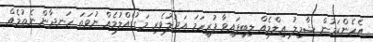
އެހެންކަމުން ޝާމިލު ޢިލްމެއް ލިބިފައިވާ ފުރިހަމަ އަދުލުވެރި މަގުގެއްލުމެއް ނުވަތަ ހަނދާން ނެތުމެއް